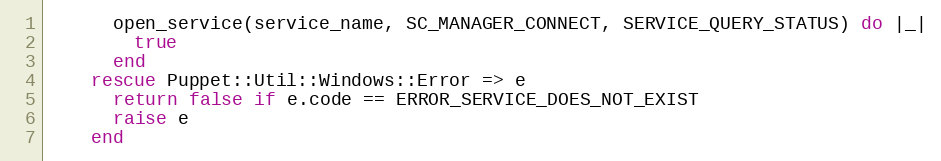
Language: Ruby
      open_service(service_name, SC_MANAGER_CONNECT, SERVICE_QUERY_STATUS) do |_|
        true
      end
    rescue Puppet::Util::Windows::Error => e
      return false if e.code == ERROR_SERVICE_DOES_NOT_EXIST
      raise e
    end